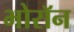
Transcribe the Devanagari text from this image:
भोरॉन